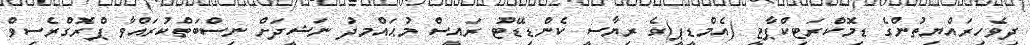
ދިވެހިރައްޔިތުންގެ ޑިމޮކްރަޓިކްޕާޓީ (އެމްޑީޕީ)ގެ ރިޔާސީ ކެންޑިޑޭޓު ރައީސް މުޙައްމދު ނަޝީދަށް ނިސްބަތްކުރައްވާ ޕްރޮގްރެސިވް